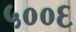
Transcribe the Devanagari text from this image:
५००६